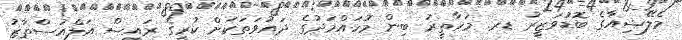
މެލޭޝިއާގެ ބޮޑުވަޒީރު ޑރ. މަހާތީރު ބިން މުހައްމަދުގެ ދައުވަތަކަށް ކުރީގެ ރައީސް އަލްއުސްތާޒު